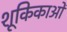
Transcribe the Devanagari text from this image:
शूकिकाओं